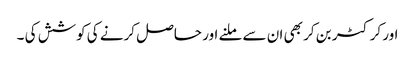
اور کرکٹر بن کر بھی ان سے ملنے اور حاصل کرنے کی کوشش کی ۔